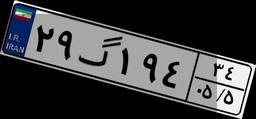
۲۹گ۱۹۴۳۴